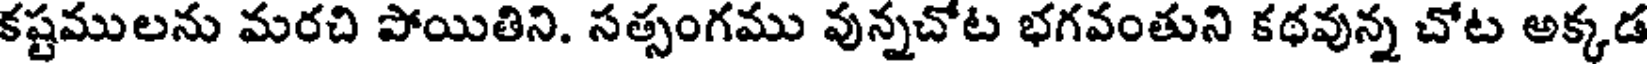
కష్టములను మరచి పోయితిని. సత్సంగము వున్నచోట భగవంతుని కథవున్న చోట అక్కడ